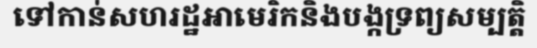
ទៅកាន់សហរដ្ឋអាមេរិកនិងបង្កទ្រព្យសម្បត្តិ